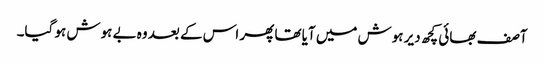
آصف بھائی کچھ دیر ہوش میں آیا تھا پھر اس کے بعد وہ بے ہوش ہو گیا۔